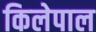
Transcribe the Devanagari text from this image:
किलेपाल